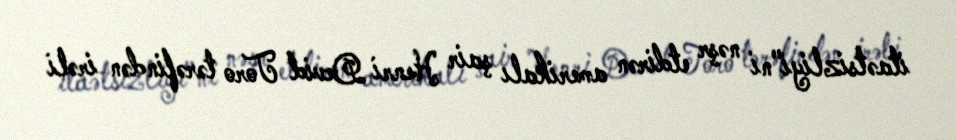
itaətsizliyi"ni nəşr etdirən amerikalı şair Henri Devid Toro tərəfindən irəli